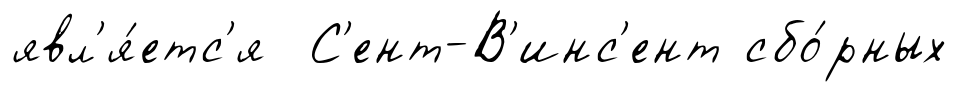
явл'я́етс'я С'ент-В'инс'ент сбо́рных